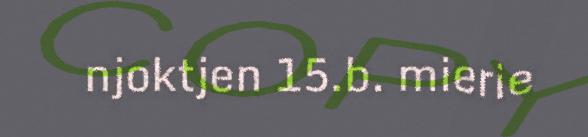
njoktjen 15.b. mierie